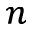
^ { n }